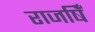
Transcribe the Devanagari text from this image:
राजषिँ